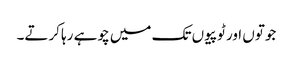
جوتوں اور ٹوپیوں تک میں چوہے رہا کرتے۔